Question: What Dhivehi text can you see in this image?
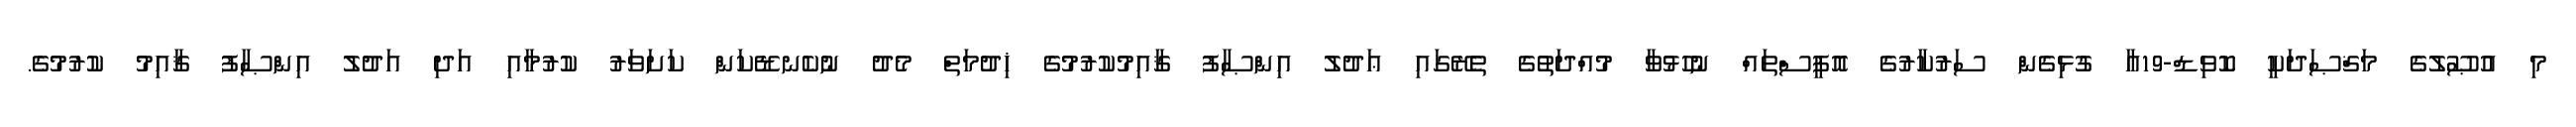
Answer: މި އުޞޫލުގެ މަޤްޞަދަކީ ކޮވިޑް-19އާ ގުޅިގެން ސަރުކާރުގެ އޮފީސްތައް ނުހުޅުވާ މުއްދަތުގެ ތެރޭގައި ޢަދުލު އިންޞާފު ޤާއިމުކުރުމުގެ ޚިދުމަތް މެދު ނުކެނޑޭކަން ކަށަވަރު ކުރުމާއި އަދި އަދުލު އިންޞާފު ޤާއިމު ކުރުމުގެ.